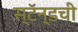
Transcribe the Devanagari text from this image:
स्टॅन्डची